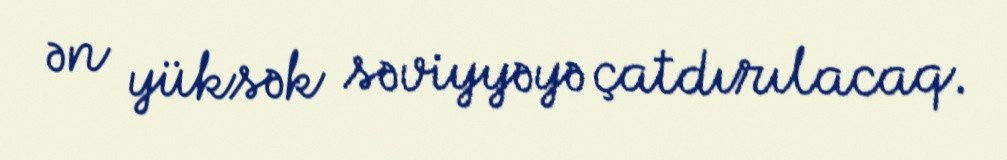
ən yüksək səviyyəyə çatdırılacaq.